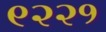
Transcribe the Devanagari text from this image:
९२२१